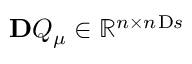
\ensuremath { \mathbf Ḋ Q Ḍ } _ { \ensuremath Ḋ \boldsymbol Ḋ \mu Ḍ Ḍ } \in \mathbb { R } ^ { n \times n _ { Ḋ } \mathrm Ḋ s Ḍ Ḍ }